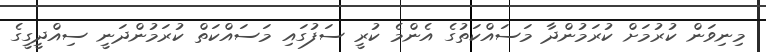
މިނިވަން ކުރުމަށް ކުރަމުންދާ މަސައްކަތުގެ އެންމެ ކުރީ ސަފުގައި މަސައްކަތް ކުރަމުންދަނީ ސިއްދީގީގެ